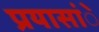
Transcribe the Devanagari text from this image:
प्रयासांे